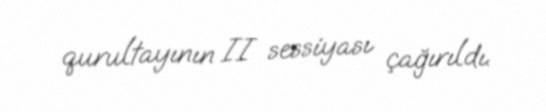
qurultayının II sessiyası çağırıldı.